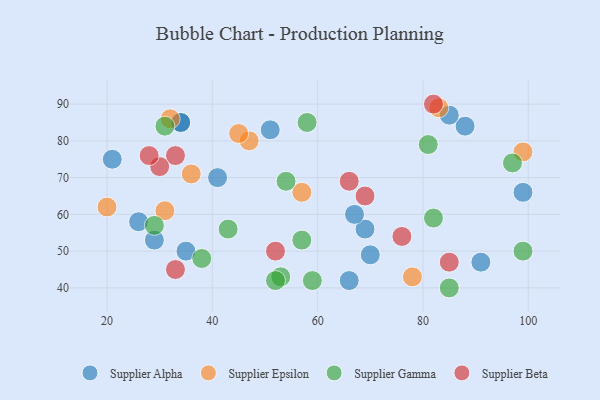
{"axis": {"x": "GDP", "y": "Life Expectancy"}, "legend": ["Supplier Alpha", "Supplier Beta", "Supplier Epsilon", "Supplier Gamma"], "data": [{"x": "29", "y": 53, "type": "Supplier Alpha"}, {"x": "66", "y": 42, "type": "Supplier Alpha"}, {"x": "34", "y": 85, "type": "Supplier Alpha"}, {"x": "88", "y": 84, "type": "Supplier Alpha"}, {"x": "69", "y": 56, "type": "Supplier Alpha"}, {"x": "70", "y": 49, "type": "Supplier Alpha"}, {"x": "26", "y": 58, "type": "Supplier Alpha"}, {"x": "34", "y": 85, "type": "Supplier Alpha"}, {"x": "51", "y": 83, "type": "Supplier Alpha"}, {"x": "91", "y": 47, "type": "Supplier Alpha"}, {"x": "21", "y": 75, "type": "Supplier Alpha"}, {"x": "67", "y": 60, "type": "Supplier Alpha"}, {"x": "35", "y": 50, "type": "Supplier Alpha"}, {"x": "41", "y": 70, "type": "Supplier Alpha"}, {"x": "85", "y": 87, "type": "Supplier Alpha"}, {"x": "99", "y": 66, "type": "Supplier Alpha"}, {"x": "32", "y": 86, "type": "Supplier Epsilon"}, {"x": "83", "y": 89, "type": "Supplier Epsilon"}, {"x": "20", "y": 62, "type": "Supplier Epsilon"}, {"x": "47", "y": 80, "type": "Supplier Epsilon"}, {"x": "99", "y": 77, "type": "Supplier Epsilon"}, {"x": "57", "y": 66, "type": "Supplier Epsilon"}, {"x": "31", "y": 61, "type": "Supplier Epsilon"}, {"x": "36", "y": 71, "type": "Supplier Epsilon"}, {"x": "78", "y": 43, "type": "Supplier Epsilon"}, {"x": "45", "y": 82, "type": "Supplier Epsilon"}, {"x": "31", "y": 84, "type": "Supplier Gamma"}, {"x": "82", "y": 59, "type": "Supplier Gamma"}, {"x": "53", "y": 43, "type": "Supplier Gamma"}, {"x": "58", "y": 85, "type": "Supplier Gamma"}, {"x": "97", "y": 74, "type": "Supplier Gamma"}, {"x": "57", "y": 53, "type": "Supplier Gamma"}, {"x": "59", "y": 42, "type": "Supplier Gamma"}, {"x": "81", "y": 79, "type": "Supplier Gamma"}, {"x": "52", "y": 42, "type": "Supplier Gamma"}, {"x": "99", "y": 50, "type": "Supplier Gamma"}, {"x": "38", "y": 48, "type": "Supplier Gamma"}, {"x": "85", "y": 40, "type": "Supplier Gamma"}, {"x": "29", "y": 57, "type": "Supplier Gamma"}, {"x": "54", "y": 69, "type": "Supplier Gamma"}, {"x": "43", "y": 56, "type": "Supplier Gamma"}, {"x": "33", "y": 45, "type": "Supplier Beta"}, {"x": "69", "y": 65, "type": "Supplier Beta"}, {"x": "52", "y": 50, "type": "Supplier Beta"}, {"x": "85", "y": 47, "type": "Supplier Beta"}, {"x": "33", "y": 76, "type": "Supplier Beta"}, {"x": "82", "y": 90, "type": "Supplier Beta"}, {"x": "66", "y": 69, "type": "Supplier Beta"}, {"x": "30", "y": 73, "type": "Supplier Beta"}, {"x": "28", "y": 76, "type": "Supplier Beta"}, {"x": "76", "y": 54, "type": "Supplier Beta"}]}